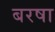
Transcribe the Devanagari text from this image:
बरषा